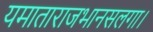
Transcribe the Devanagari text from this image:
यमाताराजभानसलगा।